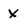
Character: X